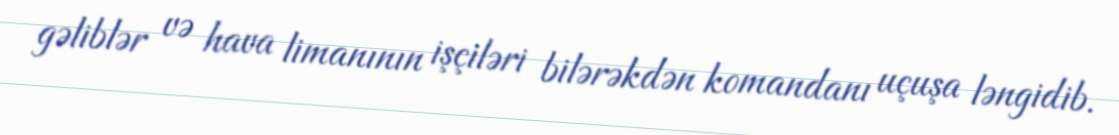
gəliblər və hava limanının işçiləri bilərəkdən komandanı uçuşa ləngidib.